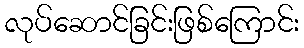
လုပ်ဆောင်ခြင်းဖြစ်ကြောင်း